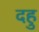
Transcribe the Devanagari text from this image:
दहु